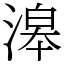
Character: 滜